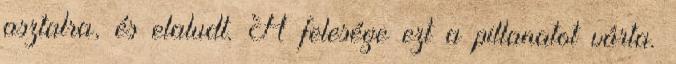
asztalra, és elaludt. A felesége ezt a pillanatot várta.